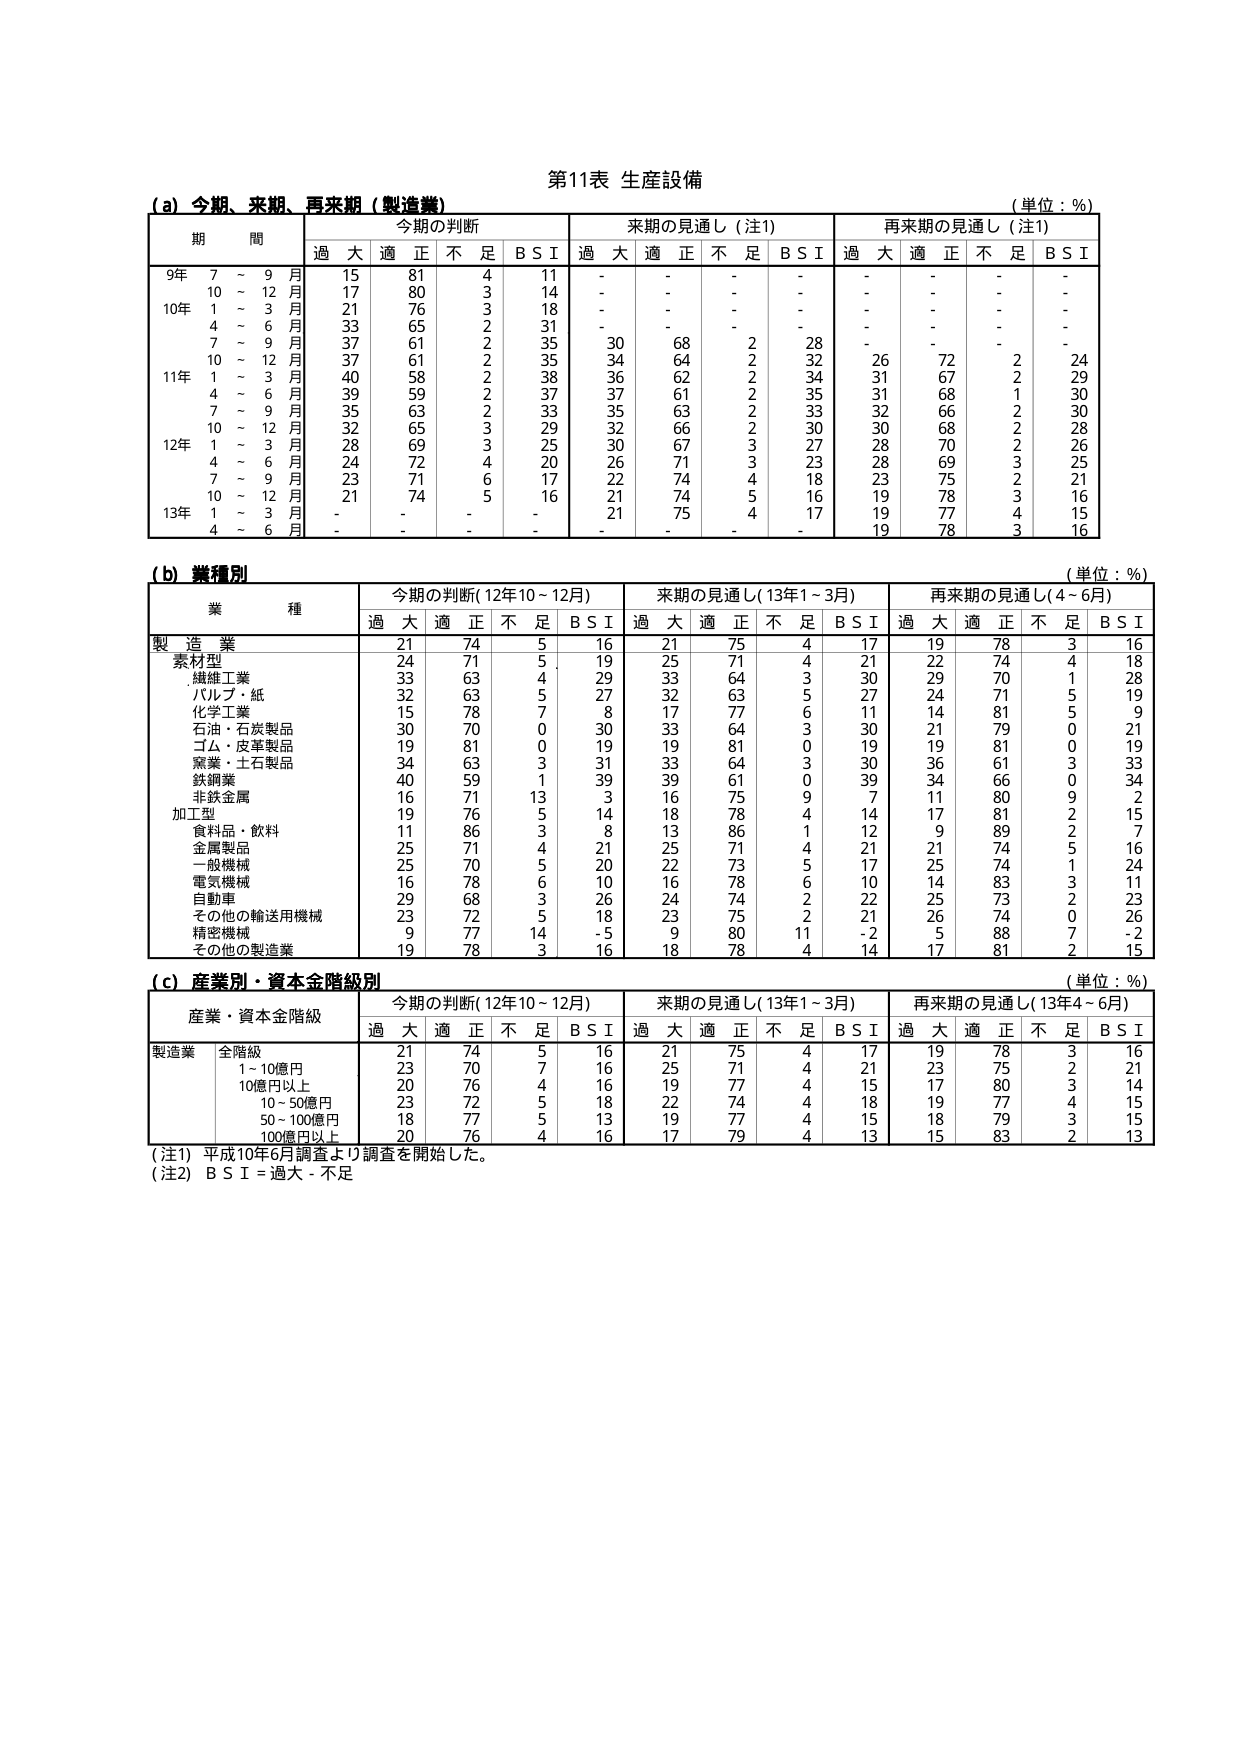
第11表 生産設備

(a) 今期、来期、再来期（製造業） （単位：%）
期 間 今期の判断 来期の見通し（注1） 再来期の見通し（注1）
過大 適正 不足 B S I 過大 適正 不足 B S I 過大 適正 不足 B S I
9年 7～9月 15 81 4 11 - - - - - - - -
10～12月 17 80 3 14 - - - - - - - -
10年 1～3月 21 76 3 18 - - - - - - - -
4～6月 33 65 2 31 - - - - - - - -
7～9月 37 61 2 35 30 68 2 28 - - - -
11年 10～12月 37 61 2 35 34 64 2 32 26 72 2 24
1～3月 40 58 2 38 36 62 2 34 31 67 2 29
4～6月 39 59 2 37 37 61 2 35 31 68 1 30
7～9月 35 63 2 33 35 63 2 33 32 66 2 30
12年 10～12月 32 65 3 29 32 66 2 30 30 68 2 28
1～3月 28 69 3 25 30 67 3 27 28 70 2 26
4～6月 24 72 4 20 26 71 3 23 28 69 3 25
7～9月 23 71 6 17 22 74 4 18 23 75 2 21
13年 10～12月 21 74 5 16 21 74 5 16 19 78 3 16
1～3月 - - - - 21 75 4 17 19 77 4 15
4～6月 - - - - - - - - 19 78 3 16

(b) 業種別 （単位：%）
業 種 今期の判断（12年10～12月） 来期の見通し（13年1～3月） 再来期の見通し（4～6月）
過大 適正 不足 B S I 過大 適正 不足 B S I 過大 適正 不足 B S I
製造業 21 74 5 16 21 75 4 17 19 78 3 16
素材型 24 71 5 19 25 71 4 21 22 74 4 18
繊維工業 33 63 4 29 33 64 3 30 29 70 1 28
パルプ・紙 32 63 5 27 32 63 5 27 24 71 5 19
化学工業 15 78 7 8 17 77 6 11 14 81 5 9
石油・石炭製品 30 70 0 30 33 64 3 30 21 79 0 21
ゴム・皮革製品 19 81 0 19 19 81 0 19 19 81 0 19
窯業・土石製品 34 63 3 31 33 64 3 30 36 61 3 33
鉄鋼業 40 59 1 39 39 61 0 39 34 66 0 34
非鉄金属 16 71 13 3 16 75 9 7 11 80 9 2
加工型 19 76 5 14 18 78 4 14 17 81 2 15
食料品・飲料 11 86 3 8 13 86 1 12 9 89 2 7
金属製品 25 71 4 21 25 71 4 21 21 74 5 16
一般機械 25 70 5 20 22 73 5 17 25 74 1 24
電気機械 16 78 6 10 16 78 6 10 14 83 3 11
自動車 29 68 3 26 24 74 2 22 25 73 2 23
その他の輸送用機械 23 72 5 18 23 75 2 21 26 74 0 26
精密機械 9 77 14 -5 9 80 11 -2 5 88 7 -2
その他の製造業 19 78 3 16 18 78 4 14 17 81 2 15

(c) 産業別・資本金階級別 （単位：%）
産業・資本金階級 今期の判断（12年10～12月） 来期の見通し（13年1～3月） 再来期の見通し（13年4～6月）
過大 適正 不足 B S I 過大 適正 不足 B S I 過大 適正 不足 B S I
製造業 全階級 21 74 5 16 21 75 4 17 19 78 3 16
1～10億円 23 70 7 16 25 71 4 21 23 75 2 21
10億円以上 20 76 4 16 19 77 4 15 17 80 3 14
10～50億円 23 72 5 18 22 74 4 18 19 77 4 15
50～100億円 18 77 5 13 19 77 4 15 18 79 3 15
100億円以上 20 76 4 16 17 79 4 13 15 83 2 13

（注1）平成10年6月調査より調査を開始した。
（注2）B S I = 過大 - 不足